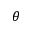
\theta